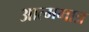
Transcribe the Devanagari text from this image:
आत्ममात्र